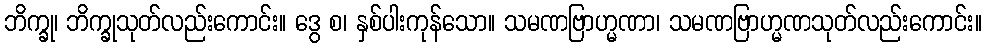
ဘိက္ခု၊ ဘိက္ခုသုတ်လည်းကောင်း။ ဒွေ စ၊ နှစ်ပါးကုန်သော။ သမဏဗြာဟ္မဏာ၊ သမဏဗြာဟ္မဏသုတ်လည်းကောင်း။